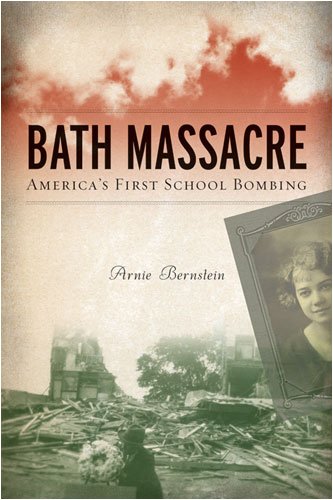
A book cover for Bath Massacre: America's First School Bombing; Arnie Bernstein; Self-Help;